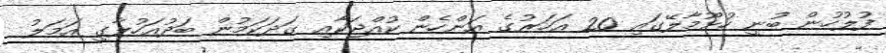
ފުލުހުން ބުނީ ހުޅޫމާލޭގައި 20 އަހަރުގެ އަންހެން ކުއްޖަކާއި ގަދަކަމުން ބަދުއަހުލާގީ އަމަލު